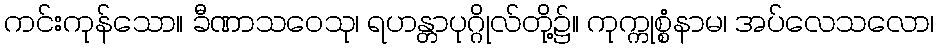
ကင်းကုန်သော။ ခီဏာသဝေသု၊ ရဟန္တာပုဂ္ဂိုလ်တို့၌။ ကုက္ကုစ္စံနာမ၊ အပ်လေသလော၊